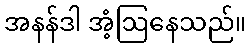
အနန်ဒါ အံ့ဩနေသည်။